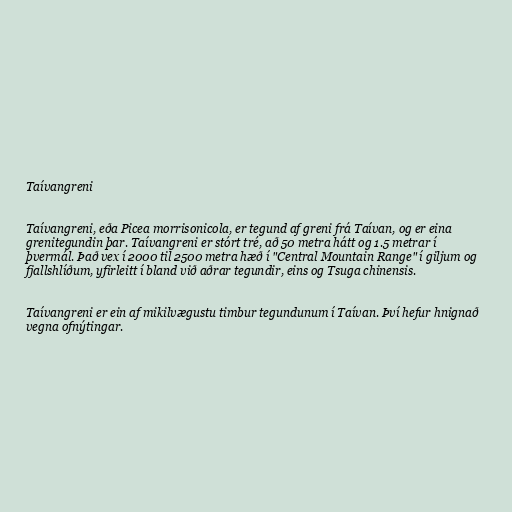
Taívangreni

Taívangreni, eða Picea morrisonicola, er tegund af greni frá Taívan, og er eina
grenitegundin þar. Taívangreni er stórt tré, að 50 metra hátt og 1.5 metrar í
þvermál. Það vex í 2000 til 2500 metra hæð í "Central Mountain Range" í giljum og
fjallshlíðum, yfirleitt í bland við aðrar tegundir, eins og Tsuga chinensis.

Taívangreni er ein af mikilvægustu timbur tegundunum í Taívan. Því hefur hnignað
vegna ofnýtingar.